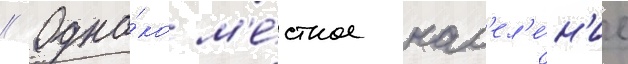
// Одна́ко м'е́стное нас'ел'е́н'ие